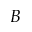
\boldsymbol { B }